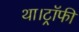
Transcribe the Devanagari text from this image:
था।ट्रॉफी